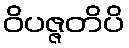
ဝိပဇ္ဇတိပိ